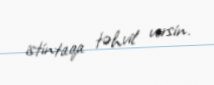
istintaqa təhvil versin.